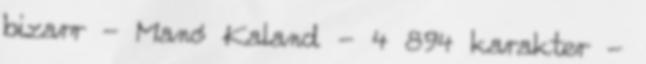
bizarr - Manó Kaland - 4 894 karakter -